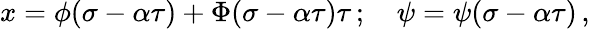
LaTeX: x=\phi(\sigma-\alpha\tau)+\Phi(\sigma-\alpha\tau)\tau\, ;\quad\psi=\psi(\sigma-\alpha\tau)\, ,